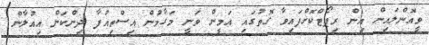
ވީއޮންލައިން އިން ރިޕޯޓްކޮށްފައިވާ ގޮތުގައި އަމީން ވަނީ މަގާމުން އިސްތިއުފާ ދިންކަން އިއުލާން